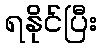
ရနိုင်ပြီး